Civil Veterinary Department. United Provinces 1912-22 - 1912-1922
Year: 1912
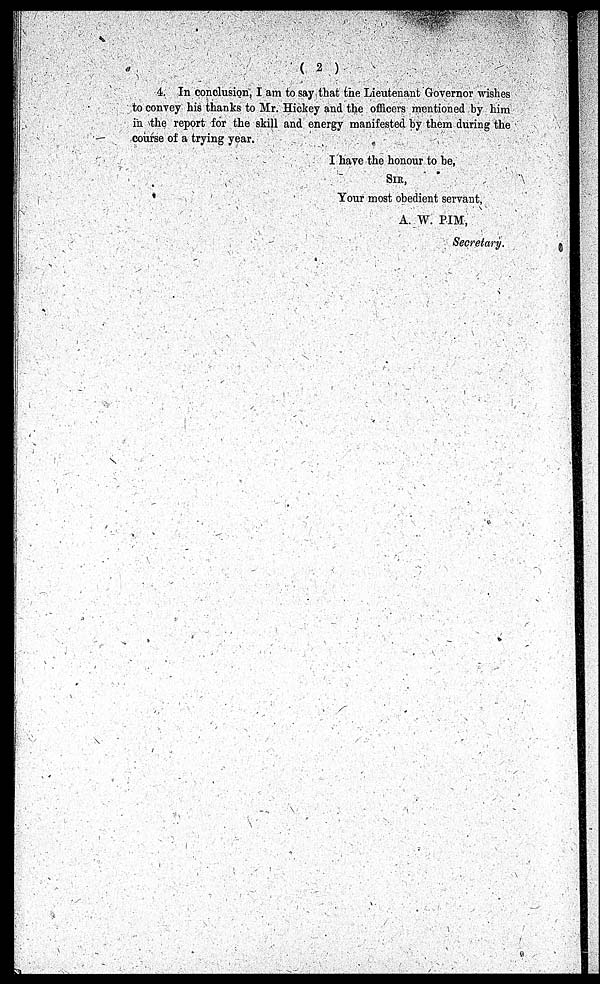
( 2 )
4. In conclusion, I am to say that the Lieutenant Governor wishes
to convey his thanks to Mr. Hickey and the officers mentioned by him
in the report for the skill and energy manifested by them during the
course of a trying year.
I have the honour to be,
SIR,
Your most obedient servant,
A. W. PIM,
Secretary.